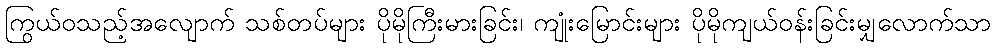
ကြွယ်ဝသည့်အလျောက် သစ်တပ်များ ပိုမိုကြီးမားခြင်း၊ ကျုံးမြောင်းများ ပိုမိုကျယ်ဝန်းခြင်းမျှလောက်သာ